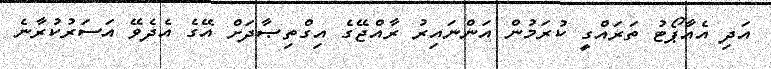
އަދި އެއާޕޯޓު ތަރައްގީ ކުރަމުން އަންނައިރު ރާއްޖޭގެ އިގްތިޞާދަށް އޭގެ އެދެވޭ އަސަރުކުރާނެ